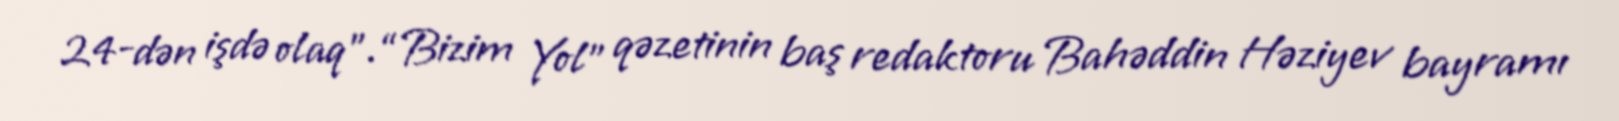
24-dən işdə olaq”.“Bizim Yol” qəzetinin baş redaktoru Bahəddin Həziyev bayramı